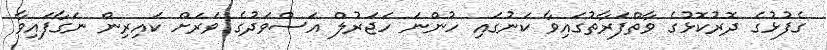
ގެފުޅުގެ ދޮރުކޮޅުގެ ވާތްފަރާތުގައިވާ ކަނުގައި ހުންނަ ހަޖަރުލް އަސްވަދުގެ ވަރަށް ކައިރިން ނަގާފައިވާ